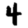
Digit: 4